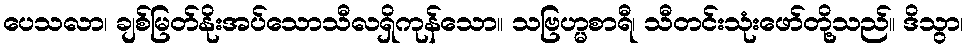
ပေသလာ၊ ချစ်မြတ်နိုးအပ်သောသီလရှိကုန်သော။ သဗြဟ္မစာရီ၊ သီတင်းသုံးဖော်တို့သည်။ ဒိသွာ၊